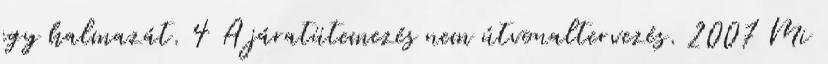
egy halmazát. 4 A járatütemezés nem útvonaltervezés. 2007 Mi